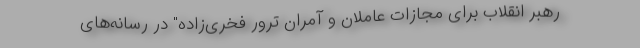
رهبر انقلاب برای مجازات عاملان و آمران ترور فخری‌زاده" در رسانه‌های